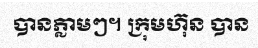
បានភ្លាមៗ។ ក្រុមហ៊ុន បាន